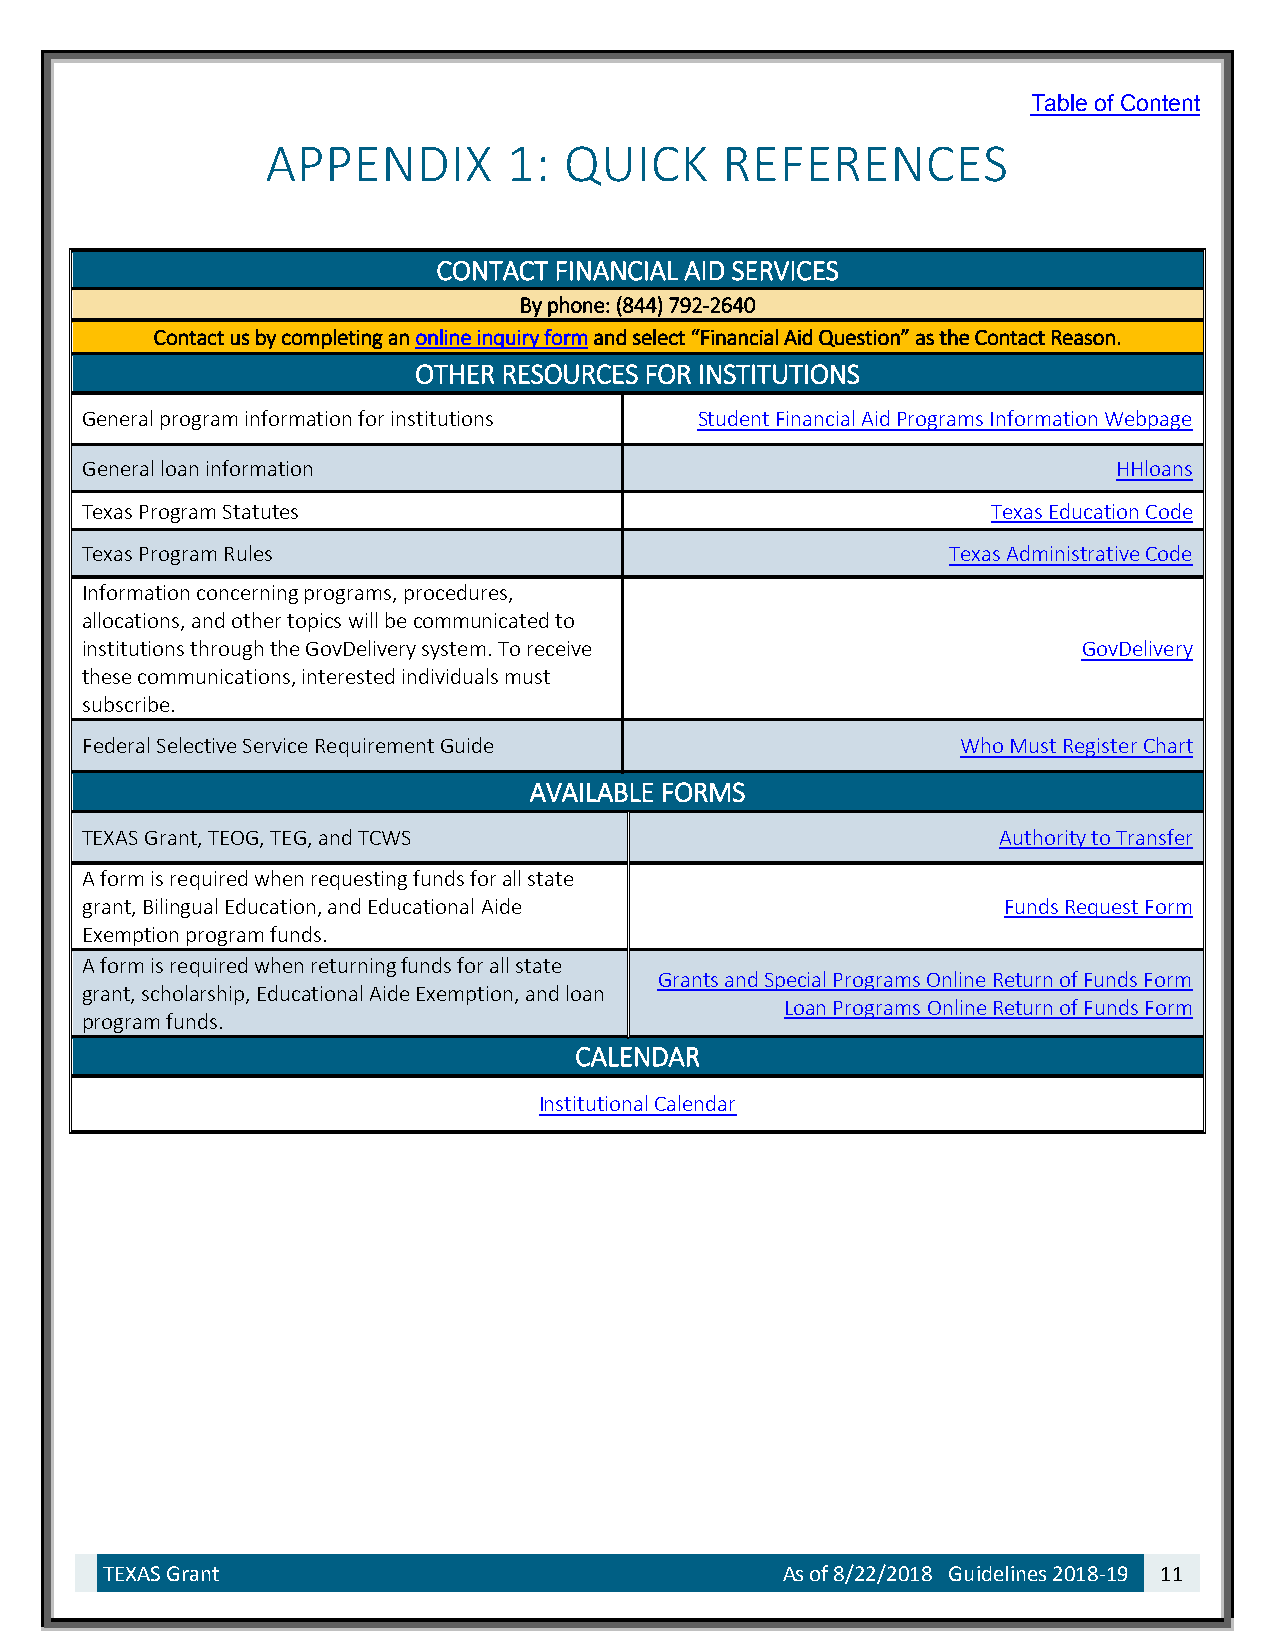
Table of Content
 APPENDIX        1: QUICK      REFERENCES
 CONTACT FINANCIAL AID SERVICES
 By phone: (844) 792-2640
 Contact us by completing an online inquiry form and select “Financial Aid Question” as the Contact Reason.
 OTHER RESOURCES FOR INSTITUTIONS
 General program information for institutions Student Financial Aid Programs Information Webpage
 General loan information                                             HHloans
 Texas Program Statutes                                       Texas Education Code
 Texas Program Rules                                       Texas Administrative Code
 Information concerning programs, procedures,
 allocations, and other topics will be communicated to
 institutions through the GovDelivery system. To receive            GovDelivery
 these communications, interested individuals must
 subscribe.
 Federal Selective Service Requirement Guide                Who Must Register Chart
 AVAILABLE FORMS
 TEXAS Grant, TEOG, TEG, and TCWS                             Authority to Transfer
 A form is required when requesting funds for all state
 grant, Bilingual Education, and Educational Aide             Funds Request Form
 Exemption program funds.
 A form is required when returning funds for all state
 Grants and Special Programs Online Return of Funds Form
 grant, scholarship, Educational Aide Exemption, and loan
 Loan Programs Online Return of Funds Form
 program funds.
 CALENDAR
 Institutional Calendar
 TEXAS Grant                                  As of 8/22/2018 Guidelines 2018-19 11